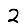
Digit: 2